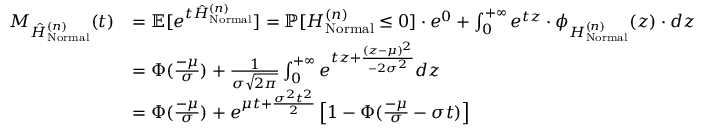
\begin{array} { r l } { M _ { \hat { H } _ { \mathrm { N o r m a l } } ^ { ( n ) } } ( t ) } & { = \mathbb { E } [ e ^ { t \hat { H } _ { \mathrm { N o r m a l } } ^ { ( n ) } } ] = \mathbb { P } [ H _ { \mathrm { N o r m a l } } ^ { ( n ) } \leq 0 ] \cdot e ^ { 0 } + \int _ { 0 } ^ { + \infty } e ^ { t z } \cdot \phi _ { { H } _ { \mathrm { N o r m a l } } ^ { ( n ) } } { ( z ) } \cdot d z } \\ & { = \Phi ( \frac { - \mu } { \sigma } ) + \frac { 1 } { \sigma \sqrt { 2 \pi } } \int _ { 0 } ^ { + \infty } e ^ { t z + \frac { ( z - \mu ) ^ { 2 } } { - 2 \sigma ^ { 2 } } } d z } \\ & { = \Phi ( \frac { - \mu } { \sigma } ) + e ^ { \mu t + \frac { \sigma ^ { 2 } t ^ { 2 } } { 2 } } \left[ 1 - \Phi ( \frac { - \mu } { \sigma } - \sigma t ) \right] } \end{array}